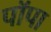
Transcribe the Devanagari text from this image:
पॉपा